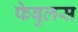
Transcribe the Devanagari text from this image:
फेबुलस